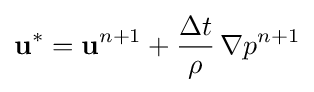
\mathbf {u} ^{*}=\mathbf {u} ^{n+1}+{\frac {\Delta t}{\rho }}\,\nabla p^{n+1}